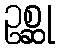
ဥစ္ဆု